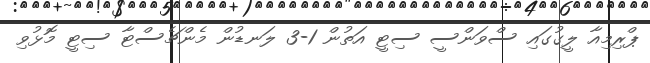
ޕްރިމިއާ ލީގުގައި ސްވަންސީ ސިޓީ އަތުން 1-3 ލަނޑުން މެންޗެސްޓާ ސިޓީ މޮޅުވި